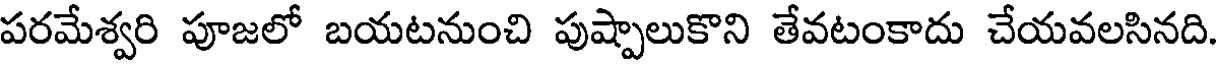
పరమేశ్వరి పూజలో బయటనుంచి పుష్పాలుకొని తేవటంకాదు చేయవలసినది.